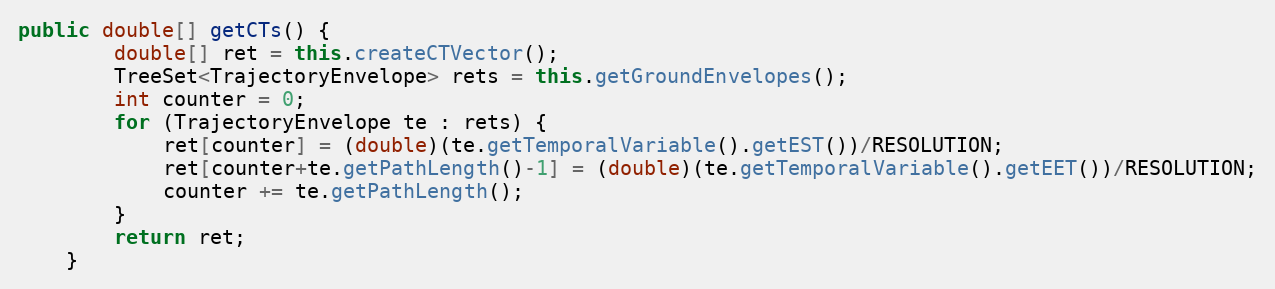
Language: Java
public double[] getCTs() {
		double[] ret = this.createCTVector();
		TreeSet<TrajectoryEnvelope> rets = this.getGroundEnvelopes();
		int counter = 0;
		for (TrajectoryEnvelope te : rets) {
			ret[counter] = (double)(te.getTemporalVariable().getEST())/RESOLUTION;
			ret[counter+te.getPathLength()-1] = (double)(te.getTemporalVariable().getEET())/RESOLUTION;
			counter += te.getPathLength();
		}
		return ret;
	}